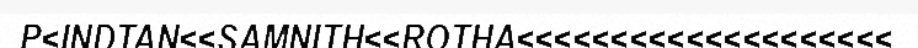
P<INDTAN<<SAMNITH<<ROTHA<<<<<<<<<<<<<<<<<<<<